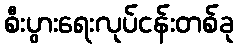
စီးပွားရေးလုပ်ငန်းတစ်ခု